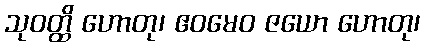
သုဝတ္ထိ ဟောတု၊ ဧဝမေဝ ဇယော ဟောတု၊